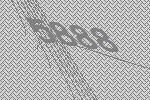
5888